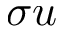
\sigma u